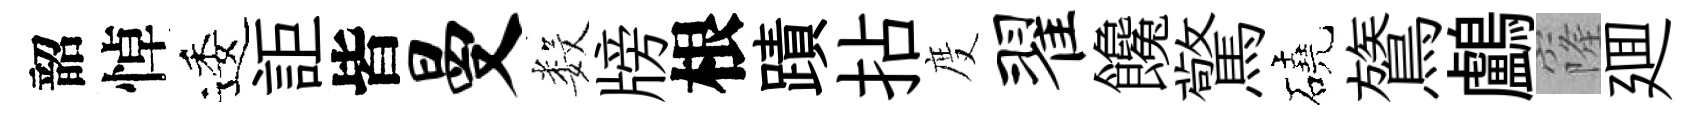
韶悼逶詎皆曼数牓根蹟拈度翟饞驚磽鷟鸕窿廽